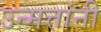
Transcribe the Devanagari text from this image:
उन्मत्तांनी